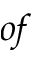
o f